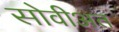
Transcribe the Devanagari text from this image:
सोवीअत